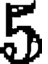
క్